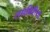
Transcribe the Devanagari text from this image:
तसबिरीचा